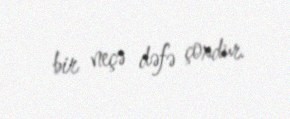
bir neçə dəfə çoxdur.